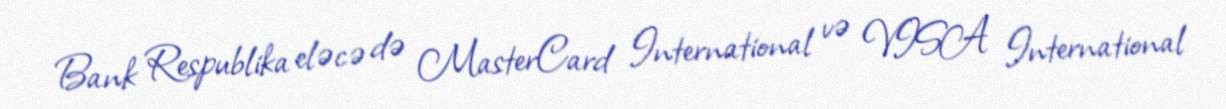
Bank Respublika eləcə də MasterCard International və VISA International